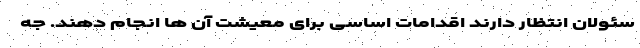
سئولان انتظار دارند اقدامات اساسی برای معیشت آن ها انجام دهند. جه